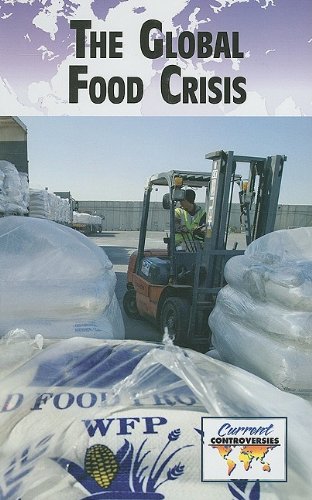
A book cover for The Global Food Crisis (Current Controversies); Uma Kukathas; Teen & Young Adult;